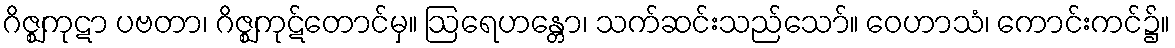
ဂိဇ္ဈကုဋာ ပဗတာ၊ ဂိဇ္ဈကုဋ်တောင်မှ။ ဩရေဟန္တော၊ သက်ဆင်းသည်သော်။ ဝေဟာသံ၊ ကောင်းကင်၌။